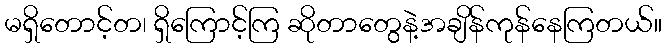
မရှိတောင့်တ၊ ရှိကြောင့်ကြ ဆိုတာတွေနဲ့အချိန်ကုန်နေကြတယ်။